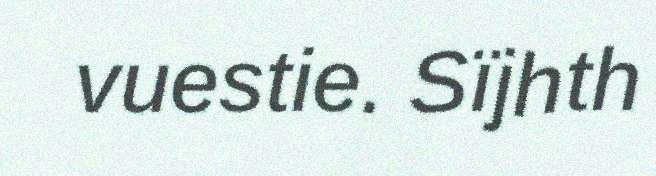
vuestie. Sïjhth